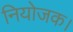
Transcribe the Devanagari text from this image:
नियोजक।